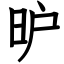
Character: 昈